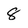
Character: 8